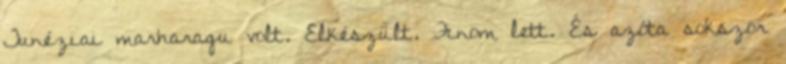
Tunéziai marharagu volt. Elkészült. Finom lett. És azóta sokszor